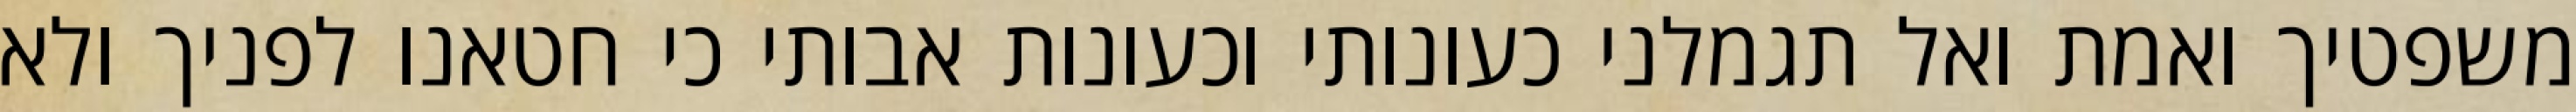
משפטיך ואמת ואל תגמלני כעונותי וכעונות אבותי כי חטאנו לפניך ולא